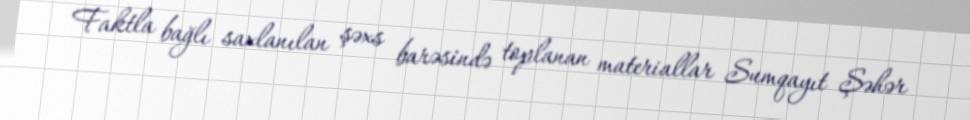
Faktla bağlı saxlanılan şəxs barəsində toplanan materiallar Sumqayıt Şəhər